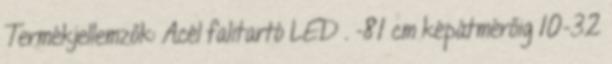
Termékjellemzők: Acél falitartó LED . -81 cm képátmérőig 10-32